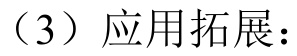
（3）应用拓展：